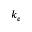
k _ { e }